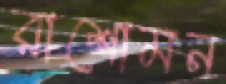
রাশোমন